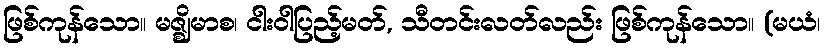
ဖြစ်ကုန်သော။ မဇ္ဈိမာစ၊ ငါးဝါပြည့်မတ်, သီတင်းလတ်လည်း ဖြစ်ကုန်သော။ (မယံ၊